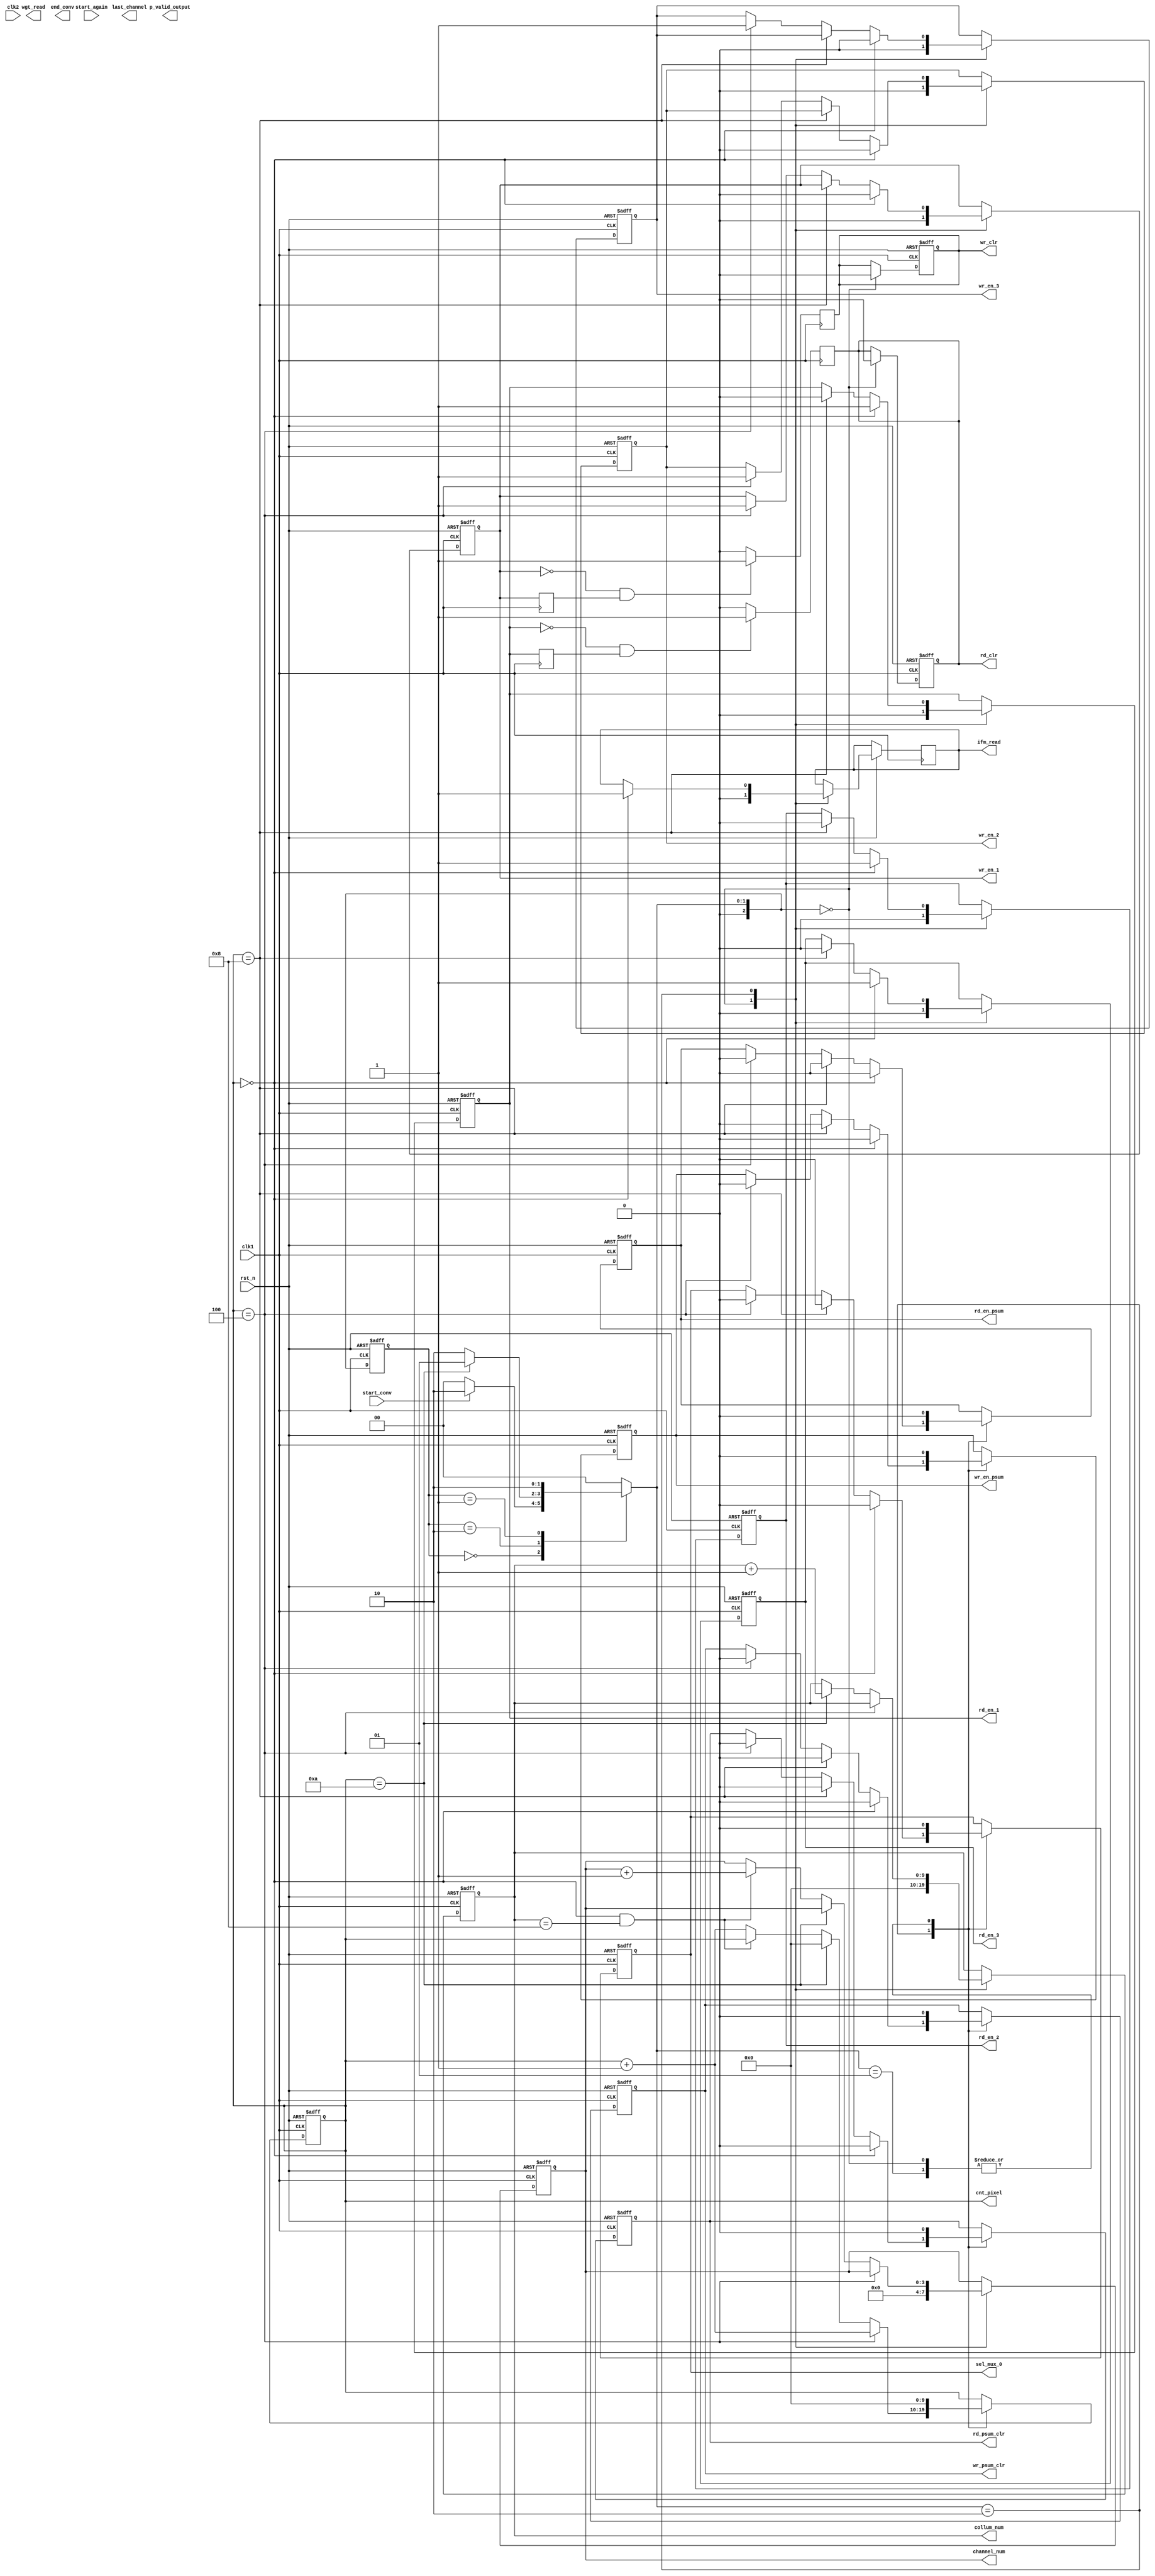
module CONTROLLER #( parameter DATA_WIDTH = 16 ,NUM_CHANNEL = 3, IFM_WIDTH = 9, IFM_HEIGHT = 9, OFM_SIZE = 7, KERNEL_SIZE = 3) (
   clk1
	,clk2
	,rst_n
	,start_conv
	,start_again
	,ifm_read
	,wgt_read
	,p_valid_output
	,last_channel
	,end_conv
	,wr_en_1
	,wr_en_2
	,wr_en_3
	,wr_clr
	,rd_en_1
	,rd_en_2
	,rd_en_3
	,rd_clr
	,wr_en_psum
  ,wr_psum_clr
	,rd_en_psum
	,rd_psum_clr
	,sel_mux_0
	,channel_num
	,collum_num
	,cnt_pixel
	);

  input clk1;
  input clk2; 
	input rst_n;
  input start_conv;
  input start_again;
  output ifm_read; 
  output wgt_read;
  output p_valid_output;
  output last_channel;
  output end_conv;
  output wr_en_1;
  output wr_en_2;
  output wr_en_3;
  output wr_clr;
  output rd_en_1;
  output rd_en_2;
  output rd_en_3;
  output rd_clr;
  output wr_en_psum;
  output wr_psum_clr;
  output rd_en_psum;
  output rd_psum_clr;
	output sel_mux_0;
	output [3:0] channel_num;
	output [9:0] collum_num;
	output [9:0] cnt_pixel;

  reg wr_en_1;
  reg wr_en_2;
  reg wr_en_3;
  reg wr_clr;
  reg rd_en_1;
  reg rd_en_2;
  reg rd_en_3;
  reg rd_clr;
  reg wr_en_psum;
  reg wr_psum_clr;
  reg rd_en_psum;
  reg rd_psum_clr;
  reg sel_mux_0;
	reg ifm_read;
	reg wgt_read;

	reg [2:0] current_state;
	reg [2:0] next_state   ;

	reg [9:0] cnt_pixel; // counting [0:input_size-kernel_size+1]
  reg [9:0] collum_num; // counting collum

	reg [3:0] channel_num;
  reg [2:0] cnt_rd_en;
  reg [2:0] cnt_wr_en;

  parameter IDLE          = 4'd0;
	parameter END_ROW       = 4'd1;
	parameter COMPUTE       = 4'd2;
	parameter WR_CLEAR      = 4'd3;
	parameter RD_CLEAR      = 4'd4;
	parameter RD_CLEAR_PSUM = 4'd5;
	parameter WR_CLEAR_PSUM = 4'd6;
  parameter WRITE_DATA    = 4'd7;
	parameter FINISH        = 4'd8;

  always @(posedge clk1 or negedge rst_n) begin
  	if(!rst_n) begin
  		current_state <= 0;
  	end
  	else begin
  		current_state <=  next_state;
  	end
  end

	always @(current_state or start_conv or cnt_pixel) begin
	next_state = 4'bx;
	case(current_state)
		IDLE: 
			if(start_conv)
	      next_state = COMPUTE;
			else 
				next_state = IDLE;
		COMPUTE: 
			next_state = (cnt_pixel == IFM_WIDTH+1) ? END_ROW : COMPUTE; 
		END_ROW: 
			next_state = COMPUTE;
		FINISH:
			next_state = FINISH;
	default: next_state = IDLE;
  endcase
	end
  always @(posedge clk1 or negedge rst_n) begin
		if(!rst_n) begin
			channel_num     <= 0;	
    	cnt_pixel       <= 0; 
    	collum_num      <= 0;
    	cnt_rd_en       <= 0;
    	cnt_wr_en       <= 0;
		end
		else begin
		case(next_state)
			IDLE: begin
				channel_num     <= 0;	
				cnt_pixel       <= 0; 
				collum_num      <= 0; 				
				cnt_rd_en       <= 0;
				cnt_wr_en       <= 0;
			end
			COMPUTE : begin
			  if(cnt_pixel == KERNEL_SIZE + 1) begin
					cnt_wr_en  = cnt_wr_en + 1; 
				  cnt_pixel = cnt_pixel + 1;
					end
        else if(cnt_pixel == IFM_WIDTH + 1) 
					begin
						cnt_pixel = 0;
						collum_num = collum_num + 1;
					end
			  else if((cnt_pixel == 0) && (collum_num == IFM_HEIGHT-1)) begin
						channel_num = channel_num + 1;
						end
				else cnt_pixel = cnt_pixel + 1;
				end
			END_ROW: 
				cnt_pixel = 0;
				endcase
			end
	 end
 reg wr_en;
 reg rd_en;
	 always @(posedge clk1 or negedge rst_n) begin
	 		if(!rst_n) begin
				{wr_en_1,wr_en_2,wr_en_3,wr_clr,rd_en_1,rd_en_2,rd_en_3,rd_clr,wr_en_psum,wr_psum_clr,rd_en_psum,rd_psum_clr,sel_mux_0,wr_en_psum,rd_en_psum} <= 15'd0;
			end
			else begin 
				case(next_state)
					IDLE:
			      	{wr_en_1,wr_en_2,wr_en_3,wr_clr,rd_en_1,rd_en_2,rd_en_3,rd_clr,wr_en_psum,wr_psum_clr,rd_en_psum,rd_psum_clr,sel_mux_0,ifm_read} <= 14'd0;
				  COMPUTE: 
						if(cnt_pixel == 0) begin
					      {rd_en_1,rd_en_2,rd_en_3,wr_en_1,wr_en_2,wr_en_3,wr_en_psum,wr_psum_clr,rd_en_psum,rd_psum_clr,sel_mux_0,ifm_read} <= 12'b111000000001;
						end
						else if(cnt_pixel == OFM_SIZE + 1) begin
					      {rd_en_1,rd_en_2,rd_en_3,wr_en_psum,wr_psum_clr,rd_en_psum,rd_psum_clr,sel_mux_0} <= 8'b00000000;
								end
						else if(cnt_pixel == KERNEL_SIZE + 1) begin 
					      {wr_en_1,wr_en_2,wr_en_3,wr_en_psum,wr_psum_clr,rd_en_psum,rd_psum_clr,sel_mux_0} <= 8'b11100000;
						end
					END_ROW: 
					      {rd_en,wr_en_psum,wr_psum_clr,rd_en_psum,rd_psum_clr,sel_mux_0} <= 8'b100000;
			endcase
		end
	end
	reg wr_en_prev;
	reg rd_en_prev;
	always @(posedge clk1) begin
	  if(!wr_en_1 && wr_en_prev) begin
			wr_clr <= 1;
		end
		else begin
			wr_clr <= 0;
		end
		wr_en_prev <= wr_en_1;
	end
	always @(posedge clk1) begin
	  if(!rd_en_1 && rd_en_prev) begin
			rd_clr <= 1;
		end
		else begin
			rd_clr <= 0;
		end
		rd_en_prev <= rd_en_1;
	end














	endmodule